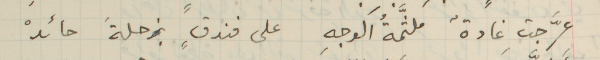
عرَّجت غادةٌ ملثَّمةُ الوجهِ على فندقٍ بزحلةَ حائدْ